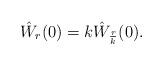
LaTeX: \begin{align*}\hat W_r(0) = k \hat W_\frac{r}{k}(0).\end{align*}